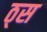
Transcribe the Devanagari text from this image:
ठ्स